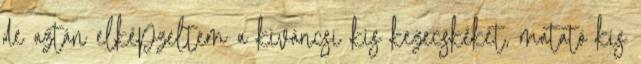
de aztán elképzeltem a kíváncsi kis kezecskéket, matató kis